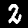
Label: 2